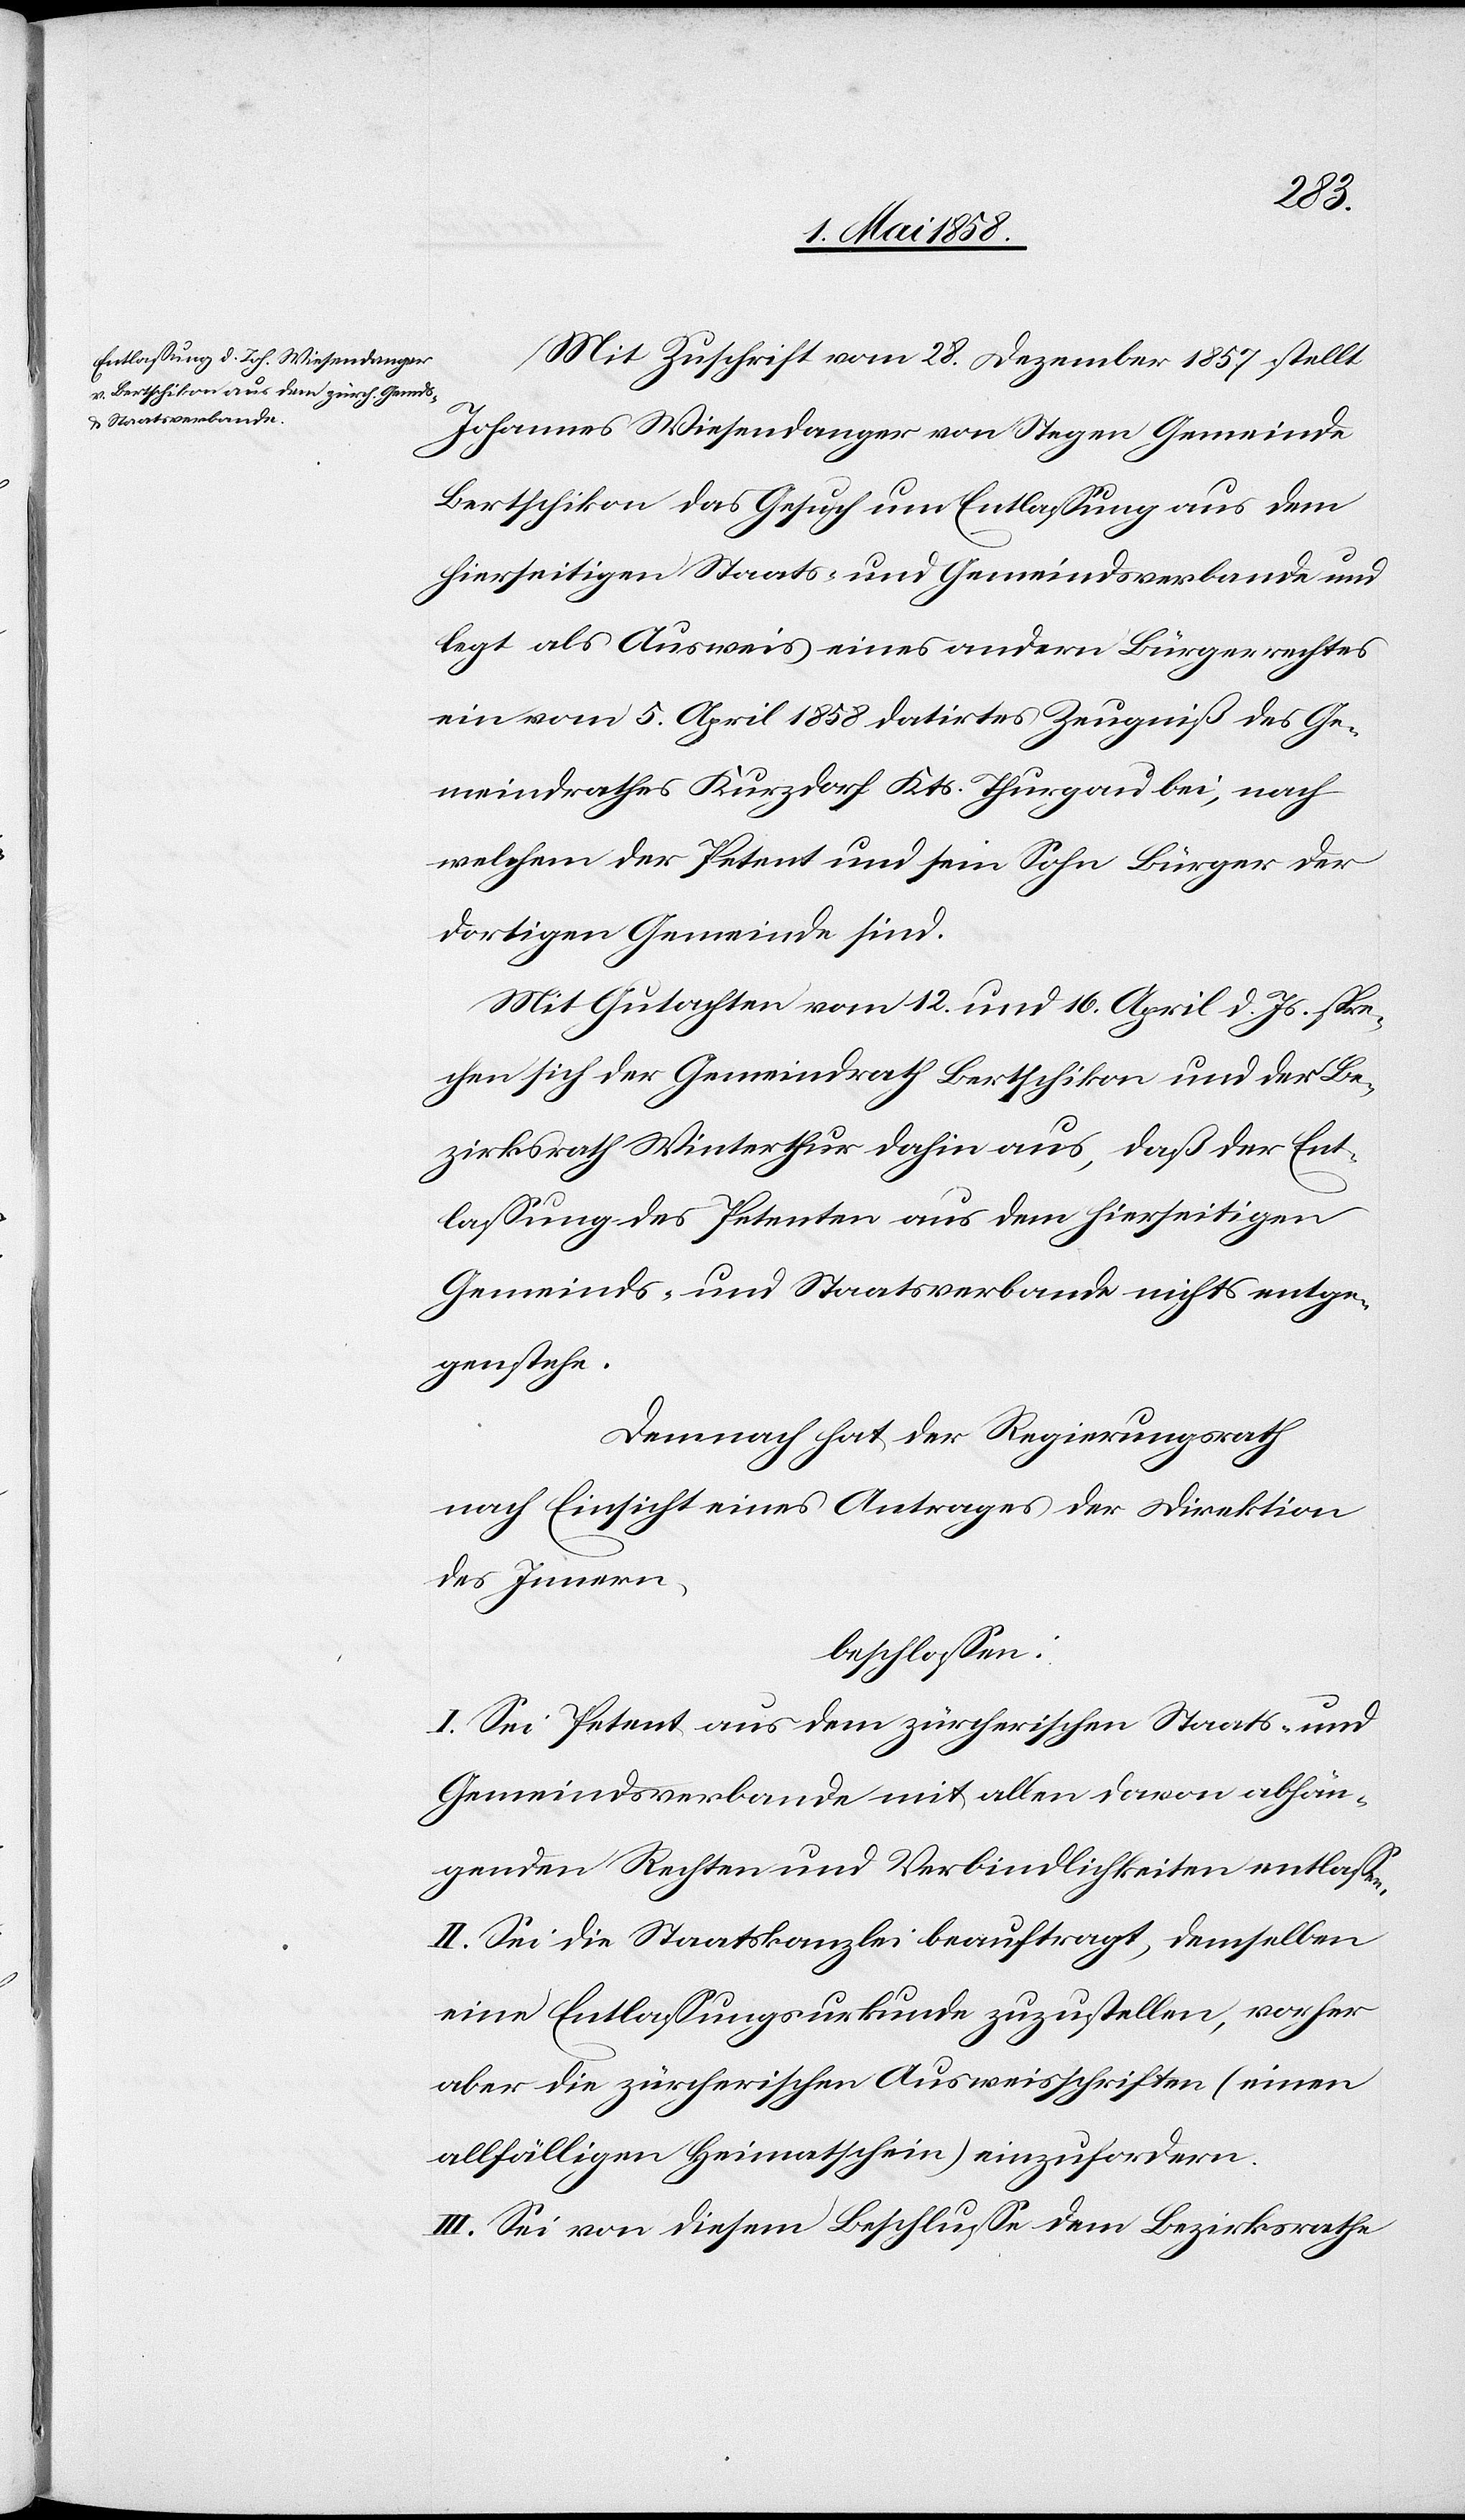
Mit Zuschrift vom 28. Dezember 1857 stellt
Johannes Wiesendanger von Stegen Gemeinde
Bertschikon das Gesuch um Entlassung aus dem
hierseitigen Staats- und Gemeindsverbande und
legt als Ausweis eines andern Bürgerrechtes
ein vom 5. April 1858 datirtes Zeugniß des Ge¬
meindrathes Kurzdorf Kts. Thurgau bei, nach
welchem der Petent und sein Sohn Bürger der
dortigen Gemeinde sind.
Mit Gutachten vom 12. und 16. April d. Js. spre¬
chen sich der Gemeindrath Bertschikon und der Be¬
zirksrath Winterthur dahin aus, daß der Ent¬
lassung des Petenten aus dem hierseitigen
Gemeinds- und Staatsverbande nichts entge¬
genstehe.
Demnach hat der Regierungsrath
nach Einsicht eines Antrages der Direktion
des Innern,
beschlossen:
I. Sei Petent aus dem zürcherischen Staats- und
Gemeindsverbande mit allen davon abhän¬
genden Rechten und Verbindlichkeiten entlassen.
II. Sei die Staatskanzlei beauftragt, demselben
eine Entlassungsurkunde zuzustellen, vorher
aber die zürcherischen Ausweisschriften (einen
allfälligen Heimatschein) einzufordern.
III. Sei von diesem Beschlusse dem Bezirksrathe